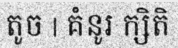
តូច | គំនូរ ក្សិតិ